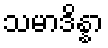
သမာဒိန္နာ